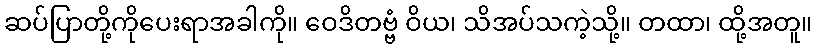
ဆပ်ပြာတို့ကိုပေးရာအခါကို။ ဝေဒိတဗ္ဗံ ဝိယ၊ သိအပ်သကဲ့သို့။ တထာ၊ ထို့အတူ။